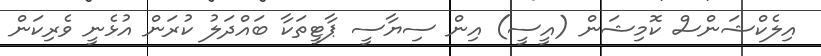
އިލެކްޝަންސް ކޮމިޝަން (އީސީ) އިން ސިޔާސީ ޕާޓީތަކާ ބައްދަލު ކުރަން އުޅެނީ ވެރިކަން